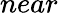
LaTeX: near